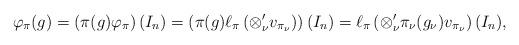
LaTeX: \begin{align*}\varphi_{\pi}(g)=\left(\pi(g)\varphi_{\pi}\right)(I_n)=\left(\pi(g)\ell_{\pi}\left(\otimes_\nu ^\prime v_{\pi_{\nu}}\right)\right)(I_n)=\ell_{\pi}\left(\otimes_\nu ^\prime \pi_{\nu}(g_\nu)v_{\pi_{\nu}}\right)(I_n),\end{align*}